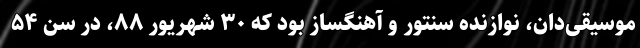
موسیقی‌دان، نوازنده سنتور و آهنگساز بود که ۳۰ شهریور ۸۸، در سن ۵۴